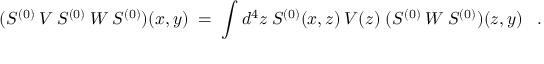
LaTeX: ( S ^ { ( 0 ) } \: V \: S ^ { ( 0 ) } \: W \: S ^ { ( 0 ) } ) ( x , y ) \; = \; \int d ^ { 4 } z \: S ^ { ( 0 ) } ( x , z ) \: V ( z ) \; ( S ^ { ( 0 ) } \: W \: S ^ { ( 0 ) } ) ( z , y ) \; \; \; .